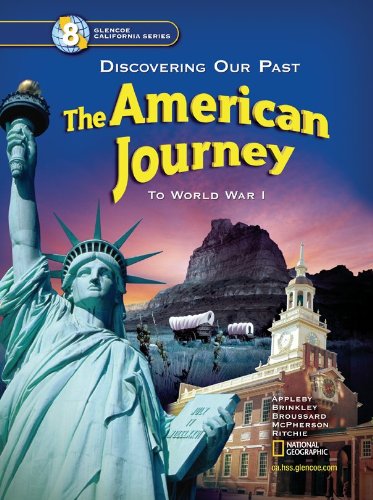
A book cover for The American Journey California Student Edition (Glencoe California); Joyce Appleby; Children's Books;